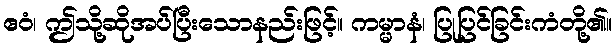
ဧဝံ၊ ဤသို့ဆိုအပ်ပြီးသောနည်းဖြင့်။ ကမ္မာနံ၊ ပြုပြင်ခြင်းကံတို့၏။